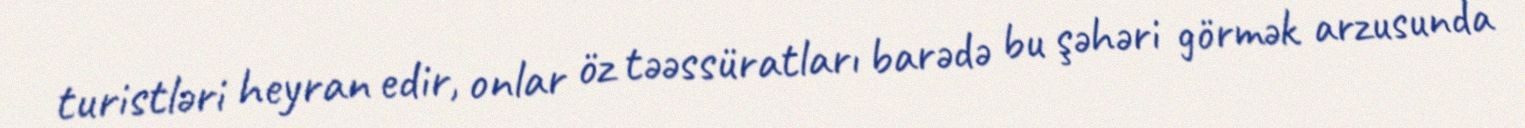
turistləri heyran edir, onlar öz təəssüratları barədə bu şəhəri görmək arzusunda